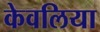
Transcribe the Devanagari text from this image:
केवलिया